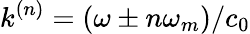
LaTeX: k^{(n)}=(\omega\pm n\omega_{m})/c_{0}